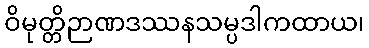
ဝိမုတ္တိဉာဏဒဿနသမ္ပဒါကထာယ၊